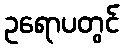
ဥရောပတွင်